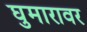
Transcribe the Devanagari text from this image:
घुमारावर